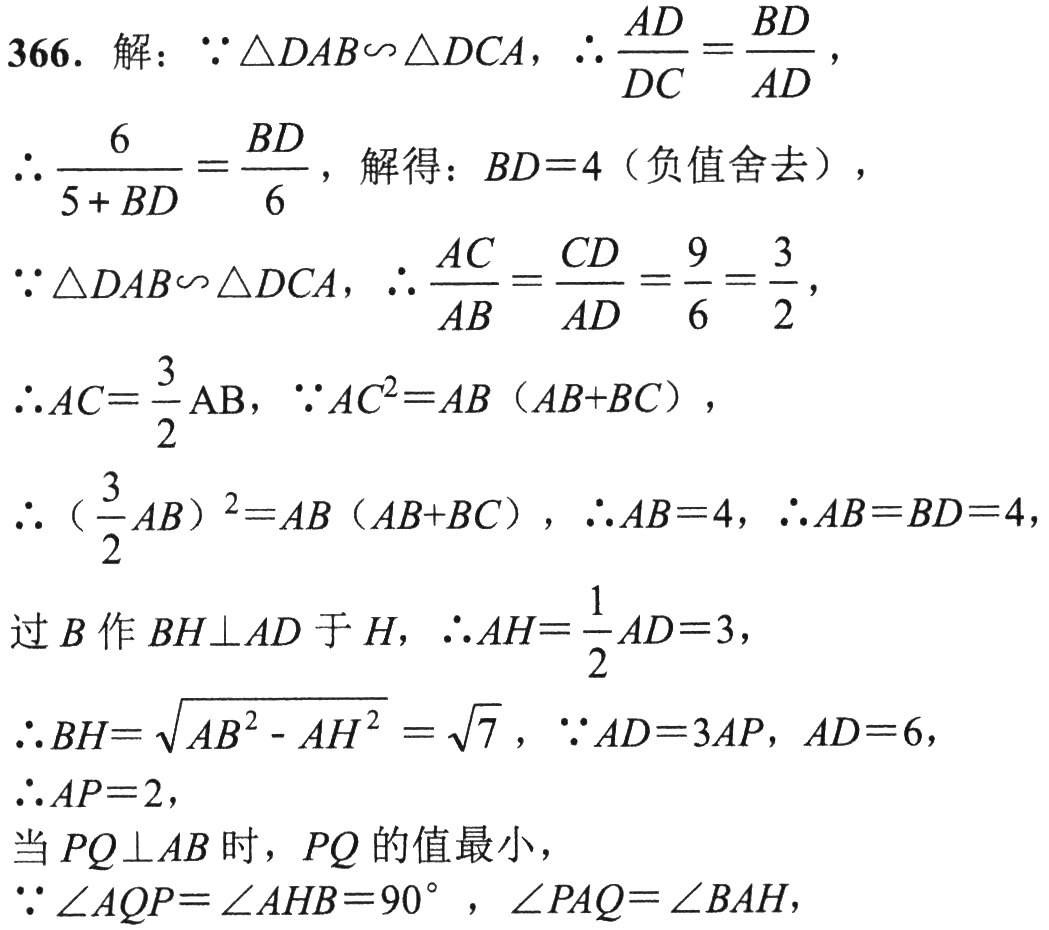
366. 解：\(\because\triangle DAB\backsim\triangle DCA\)，\(\therefore\frac{AD}{DC}=\frac{BD}{AD}\)，
\(\therefore\frac{6}{5 + BD}=\frac{BD}{6}\)，解得：\(BD = 4\)（负值舍去），
\(\because\triangle DAB\backsim\triangle DCA\)，\(\therefore\frac{AC}{AB}=\frac{CD}{AD}=\frac{9}{6}=\frac{3}{2}\)，
\(\therefore AC=\frac{3}{2}\text{AB}\)，\(\because AC^{2}=AB（AB + BC）\)，
\(\therefore（\frac{3}{2}AB）^{2}=AB（AB + BC）\)，\(\therefore AB = 4\)，\(\therefore AB = BD = 4\)，
过\(B\)作\(BH\perp AD\)于\(H\)，\(\therefore AH=\frac{1}{2}AD = 3\)，
\(\therefore BH=\sqrt{AB^{2}-AH^{2}}=\sqrt{7}\)，\(\because AD = 3AP\)，\(AD = 6\)，
\(\therefore AP = 2\)，
当\(PQ\perp AB\)时，\(PQ\)的值最小，
\(\because\angle AQP=\angle AHB = 90^{\circ}\)，\(\angle PAQ=\angle BAH\)，